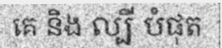
គេ និង ល្បី បំផុត